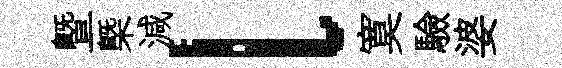
曁槩減l寞驗婆